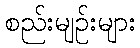
စည်းမျဉ်းများ